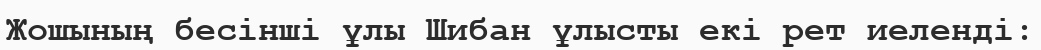
Жошының бесінші ұлы Шибан ұлысты екі рет иеленді: